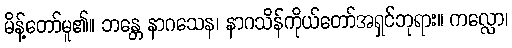
မိန့်တော်မူ၏။ ဘန္တေ နာဂသေန၊ နာဂသိန်ကိုယ်တော်အရှင်ဘုရား။ ကလ္လော၊